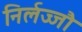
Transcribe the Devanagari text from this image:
निर्लज्जौ